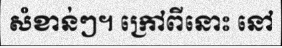
សំខាន់ៗ។ ក្រៅពីនោះ នៅ